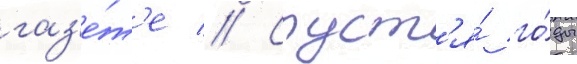
газ'е́т'е // Спуст'я́ го́ды